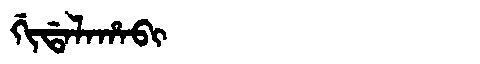
Manchu: ᡤᡳᡩᠠᠯᠠᡥᠠᠪᡳ
Romanization: GIDALAHABI